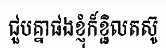
ជួបគ្នាផងខ្ញុំក៏ខ្ជិលតស៊ូ